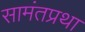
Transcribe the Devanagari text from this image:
सामंतप्रथा